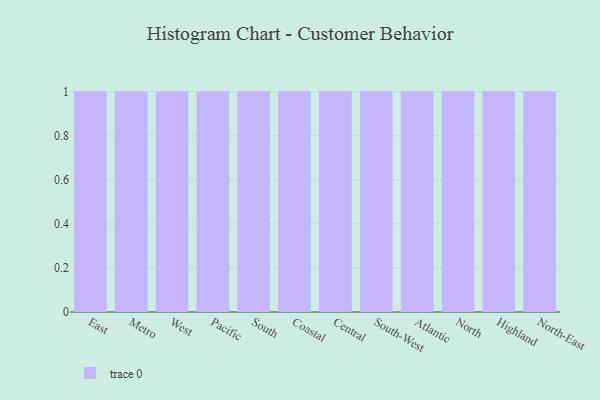
{"axis": {"x": "Region", "y": "Backlog"}, "legend": [""], "data": [{"x": "East", "y": 6, "type": ""}, {"x": "Metro", "y": 13, "type": ""}, {"x": "West", "y": 52, "type": ""}, {"x": "Pacific", "y": 44, "type": ""}, {"x": "South", "y": 64, "type": ""}, {"x": "Coastal", "y": 84, "type": ""}, {"x": "Central", "y": 45, "type": ""}, {"x": "South-West", "y": 1, "type": ""}, {"x": "Atlantic", "y": 37, "type": ""}, {"x": "North", "y": 33, "type": ""}, {"x": "Highland", "y": 35, "type": ""}, {"x": "North-East", "y": 21, "type": ""}]}